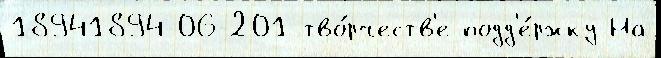
18941894-06-201 тво́рчеств'е подд'е́ржку На